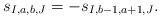
LaTeX: \begin{align*}s_{I,a,b,J} = -s_{I,b-1,a+1,J}.\end{align*}